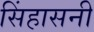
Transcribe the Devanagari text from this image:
सिंहासनी